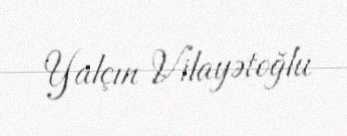
Yalçın Vilayətoğlu